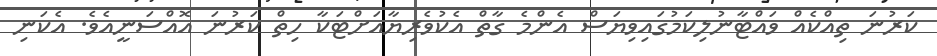
ކަރުނަ ތިއްކެއް ވައްޓާނުލިކަމުގައިވިޔަސް އެންމެ ގާތް އެކުވެރިޔާއަށްޓަކާ ހިތް ކަރުނަ އޮއްސަނީއެވެ. އެކަނި